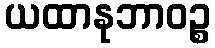
ယထာနုဘာဝဉ္စ